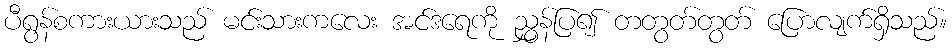
ပီရွန်စကားယားသည် မင်းသားကလေး အင်ဒရေကို ညွှန်ပြ၍ တတွတ်တွတ် ပြောလျက်ရှိသည်။